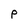
Character: P